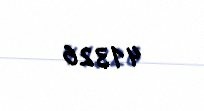
41326